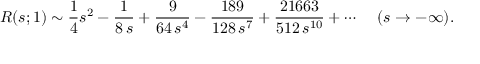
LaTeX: R ( s ; 1 ) \sim { \frac { 1 } { 4 } } s ^ { 2 } - { \frac { 1 } { 8 \, s } } + { \frac { 9 } { 6 4 \, s ^ { 4 } } } - { \frac { 1 8 9 } { 1 2 8 \, s ^ { 7 } } } + { \frac { 2 1 6 6 3 } { 5 1 2 \, s ^ { 1 0 } } } + \cdots \, \ \ \ ( s \rightarrow - \infty ) .